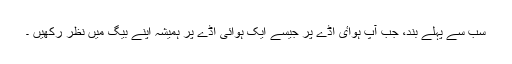
سب سے پہلے بند، جب آپ ہواٸ اڈے پر جیسے ایک ہوائی اڈے پر ہمیشہ اپنے بیگ میں نظر رکھیں ۔